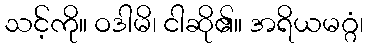
သင့်ကို။ ဝဒါမိ၊ ငါဆို၏။ အရိယမဂ္ဂံ၊